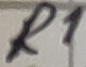
Text: R1